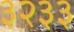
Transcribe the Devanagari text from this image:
३२३३